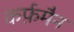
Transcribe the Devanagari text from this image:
कर्फ़मैन